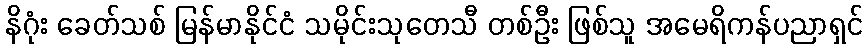
နိဂုံး ခေတ်သစ် မြန်မာနိုင်ငံ သမိုင်းသုတေသီ တစ်ဦး ဖြစ်သူ အမေရိကန်ပညာရှင်